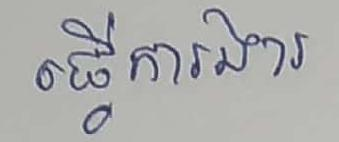
ធ្វើការងារ